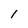
Character: I